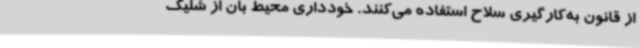
از قانون به‌کارگیری سلاح استفاده می‌کنند. خودداری محیط بان از شلیک